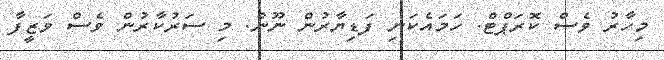
މިހާރު ވެސް ކޮރަޕްޓް. ހަމައެކަނި ފަޑިޔާރުން ނޫން. މި ސަރުކާރުން ވެސް ވަޒީފާ